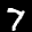
Label: 7